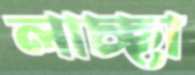
লাচ্ছা